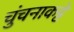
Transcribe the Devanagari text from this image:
चुंचनाकट्टे